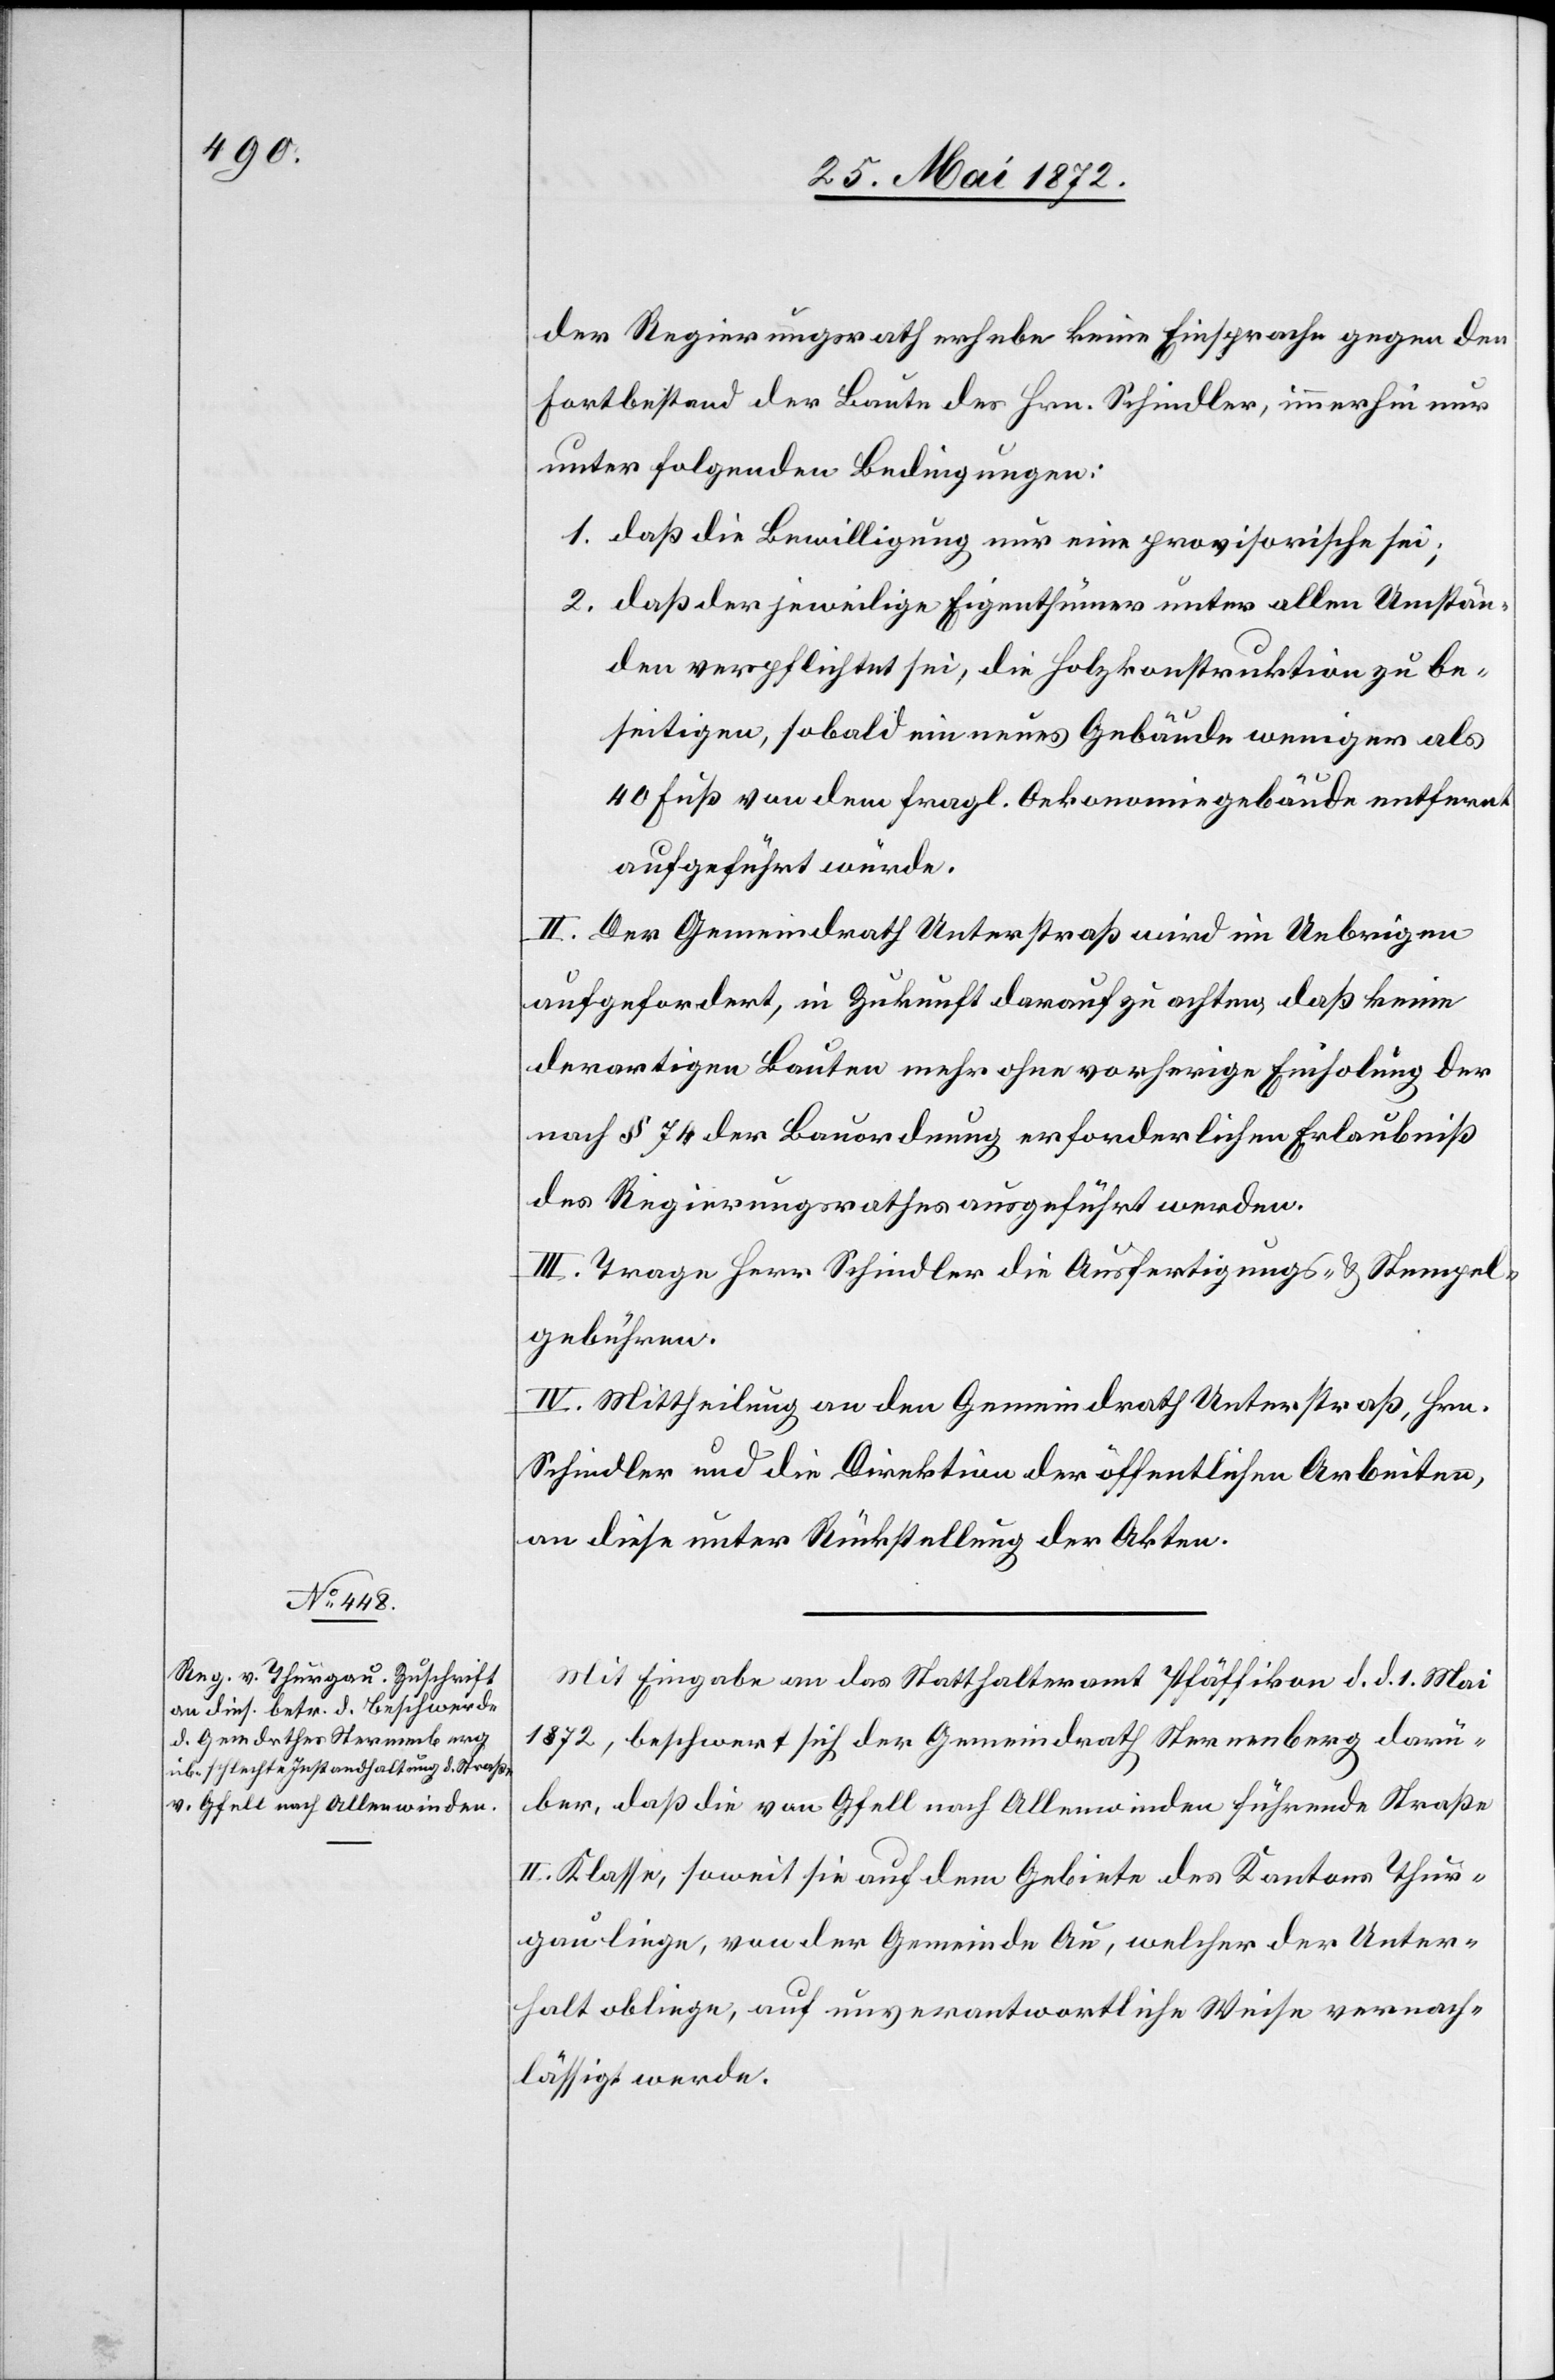
der Regierungsrath erhebe keine Einsprache gegen den
Fortbestand der Baute des Hrn. Schindler, immerhin nur
unter folgenden Bedingungen:
1. daß die Bewilligung nur eine provisorische sei;
2. daß der jeweilige Eigenthümer unter allen Umstän¬
den verpflichtet sei, die Holzkonstruktion zu be¬
seitigen, sobald ein neues Gebäude weniger als
40 Fuß von dem fragl. Oekonomiegebäude entfernt
aufgeführt würde.
II. Der Gemeindrath Unterstraß wird im Uebrigen
aufgefordert, in Zukunft darauf zu achten, daß keine
derartigen Bauten mehr ohne vorherige Einholung der
nach § 74 der Bauordnung erforderlichen Erlaubniß
des Regierungsrathes ausgeführt werden.
III. Trage Herr Schindler die Ausfertigungs- u. Stempel¬
gebühren.
IV. Mittheilung an den Gemeindrath Unterstraß, Hrn.
Schindler und die Direktion der öffentlichen Arbeiten,
an diese unter Rückstellung der Akten.
Mit Eingabe an das Statthalteramt Pfäffikon d. d. 1. Mai
1872, beschwert sich der Gemeindrath Sternenberg darü¬
ber, daß die von Gfell nach Allenwinden führende Straße
II. Klasse, soweit sie auf dem Gebiete des Kanton Thur¬
gau liege, von der Gemeinde Au, welcher der Unter¬
halt obliege, auf unverantwortliche Weise vernach¬
lässigt werde.